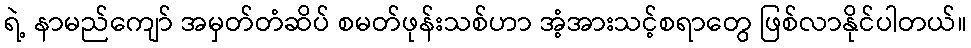
ရဲ့ နာမည်ကျော် အမှတ်တံဆိပ် စမတ်ဖုန်းသစ်ဟာ အံ့အားသင့်စရာတွေ ဖြစ်လာနိုင်ပါတယ်။